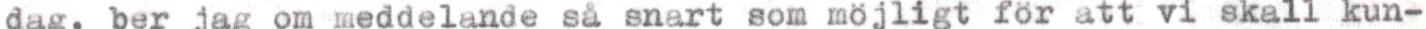
dag, ber jag om meddelande så snart som möjligt för att vi skall kun-